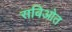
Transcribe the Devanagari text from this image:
सबिओत